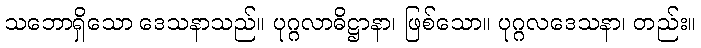
သဘောရှိသော ဒေသနာသည်။ ပုဂ္ဂလာဓိဋ္ဌာနာ၊ ဖြစ်သော။ ပုဂ္ဂလဒေသနာ၊ တည်း။